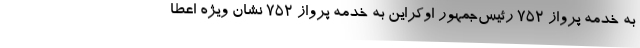
به خدمه پرواز ۷۵۲ رئیس‌جمهور اوکراین به خدمه پرواز ۷۵۲ نشان ویژه اعطا